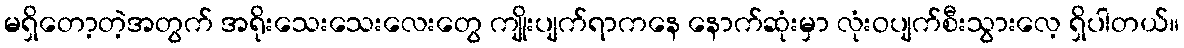
မရှိတော့တဲ့အတွက် အရိုးသေးသေးလေးတွေ ကျိုးပျက်ရာကနေ နောက်ဆုံးမှာ လုံးဝပျက်စီးသွားလေ့ ရှိပါတယ်။